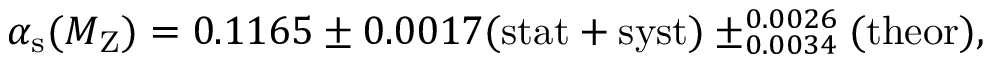
\alpha _ { \mathrm { s } } ( M _ { \mathrm { Z } } ) = 0 . 1 1 6 5 \pm 0 . 0 0 1 7 ( \mathrm { s t a t + s y s t } ) \pm _ { 0 . 0 0 3 4 } ^ { 0 . 0 0 2 6 } ( \mathrm { t h e o r } ) ,